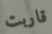
قاربت